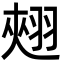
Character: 𮋄